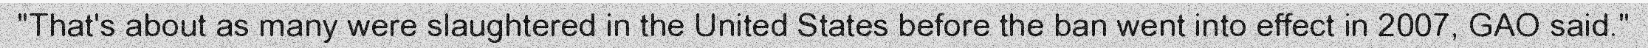
"That's about as many were slaughtered in the United States before the ban went into effect in 2007, GAO said."